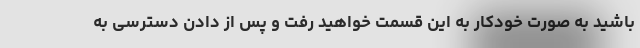
باشید به صورت خودکار به این قسمت خواهید رفت و پس از دادن دسترسی به